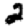
Digit: 2